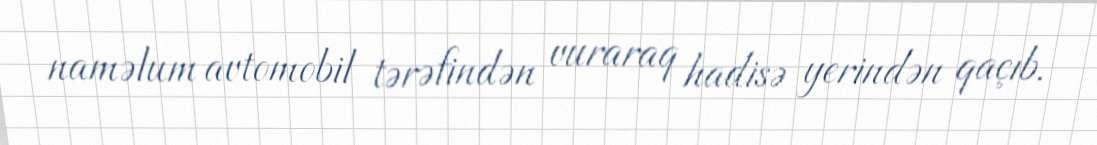
naməlum avtomobil tərəfindən vuraraq hadisə yerindən qaçıb.